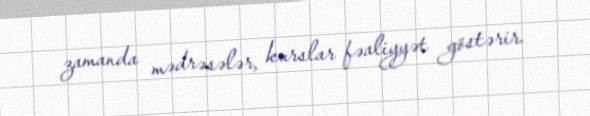
zamanda mədrəsələr, kurslar fəaliyyət göstərir.